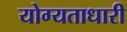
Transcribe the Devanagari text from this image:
योग्यताधारी